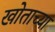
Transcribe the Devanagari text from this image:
खोताच्या